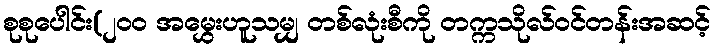
စုစုပေါင်း(၂၀၀ အမွှေးဟူသမျှ တစ်လုံးစီကို တက္ကသိုလ်ဝင်တန်းအဆင့်